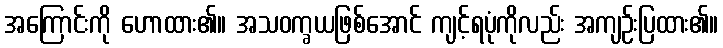
အကြောင်းကို ဟောထား၏။ အသဝက္ခယဖြစ်အောင် ကျင့်ရပုံကိုလည်း အကျဉ်းပြထား၏။